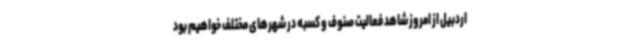
اردبیل از امروز شاهد فعالیت صنوف و کسبه در شهرهای مختلف خواهیم بود